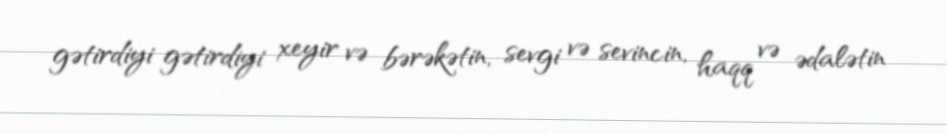
gətirdiyi gətirdiyi xeyir və bərəkətin, sevgi və sevincin, haqq və ədalətin